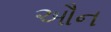
ઔન